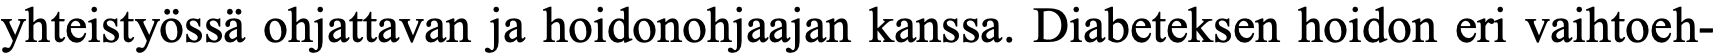
yhteistyössä ohjattavan ja hoidonohjaajan kanssa. Diabeteksen hoidon eri vaihtoeh-